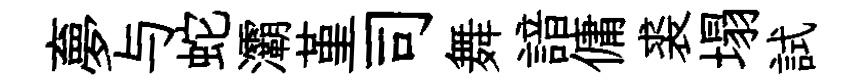
夣与蛇灞堇司舞諳傭裘塌試